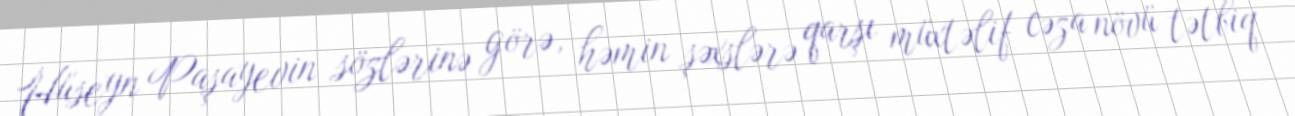
Hüseyn Paşayevin sözlərinə görə, həmin şəxslərə qarşı müxtəlif cəza növü tətbiq